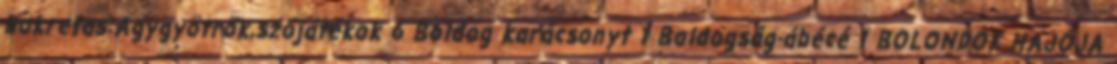
bokretas:Agygyötrők,szójátékok 6 Boldog karácsonyt 1 Boldogság-ábécé 1 BOLONDOK HAJÓJA